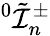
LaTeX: {^0\tilde{\mathcal{I}}_{n}^{\pm}}